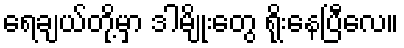
ရေချယ်တို့မှာ ဒါမျိုးတွေ ရိုးနေပြီလေ။